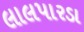
લાલપારડા